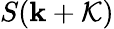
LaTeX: S({\mathbf k}+{\cal K})